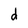
Character: d